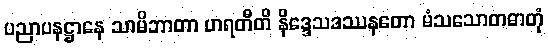
ပညာပနဋ္ဌာနေ သာမိဘာတာ ဟရတီတိ နိဒ္ဒေသဒဿနတော မံသသောတဓာတုံ